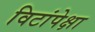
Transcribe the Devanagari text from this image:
विटांपेक्षा